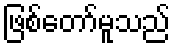
ဖြစ်တော်မူသည်